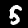
Digit: 5